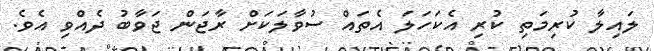
ލައިލާ ކުރިމަތި ކުރި އެކަހަލަ އެތައް ސުވާލަކަށް ރާޖަން ޖަވާބު ދެއްވި އެވެ.